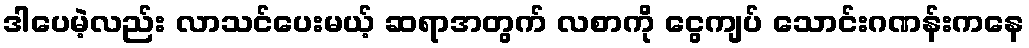
ဒါပေမဲ့လည်း လာသင်ပေးမယ့် ဆရာအတွက် လစာကို ငွေကျပ် သောင်းဂဏန်းကနေ